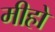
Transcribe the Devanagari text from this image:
मीहो